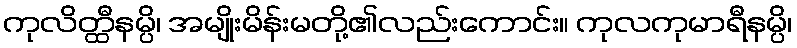
ကုလိတ္ထီနမ္ပိ၊ အမျိုးမိန်းမတို့၏လည်းကောင်း။ ကုလကုမာရီနမ္ပိ၊